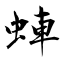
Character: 蛼